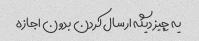
یه چیز دیگه ارسال کردن بدون اجازه